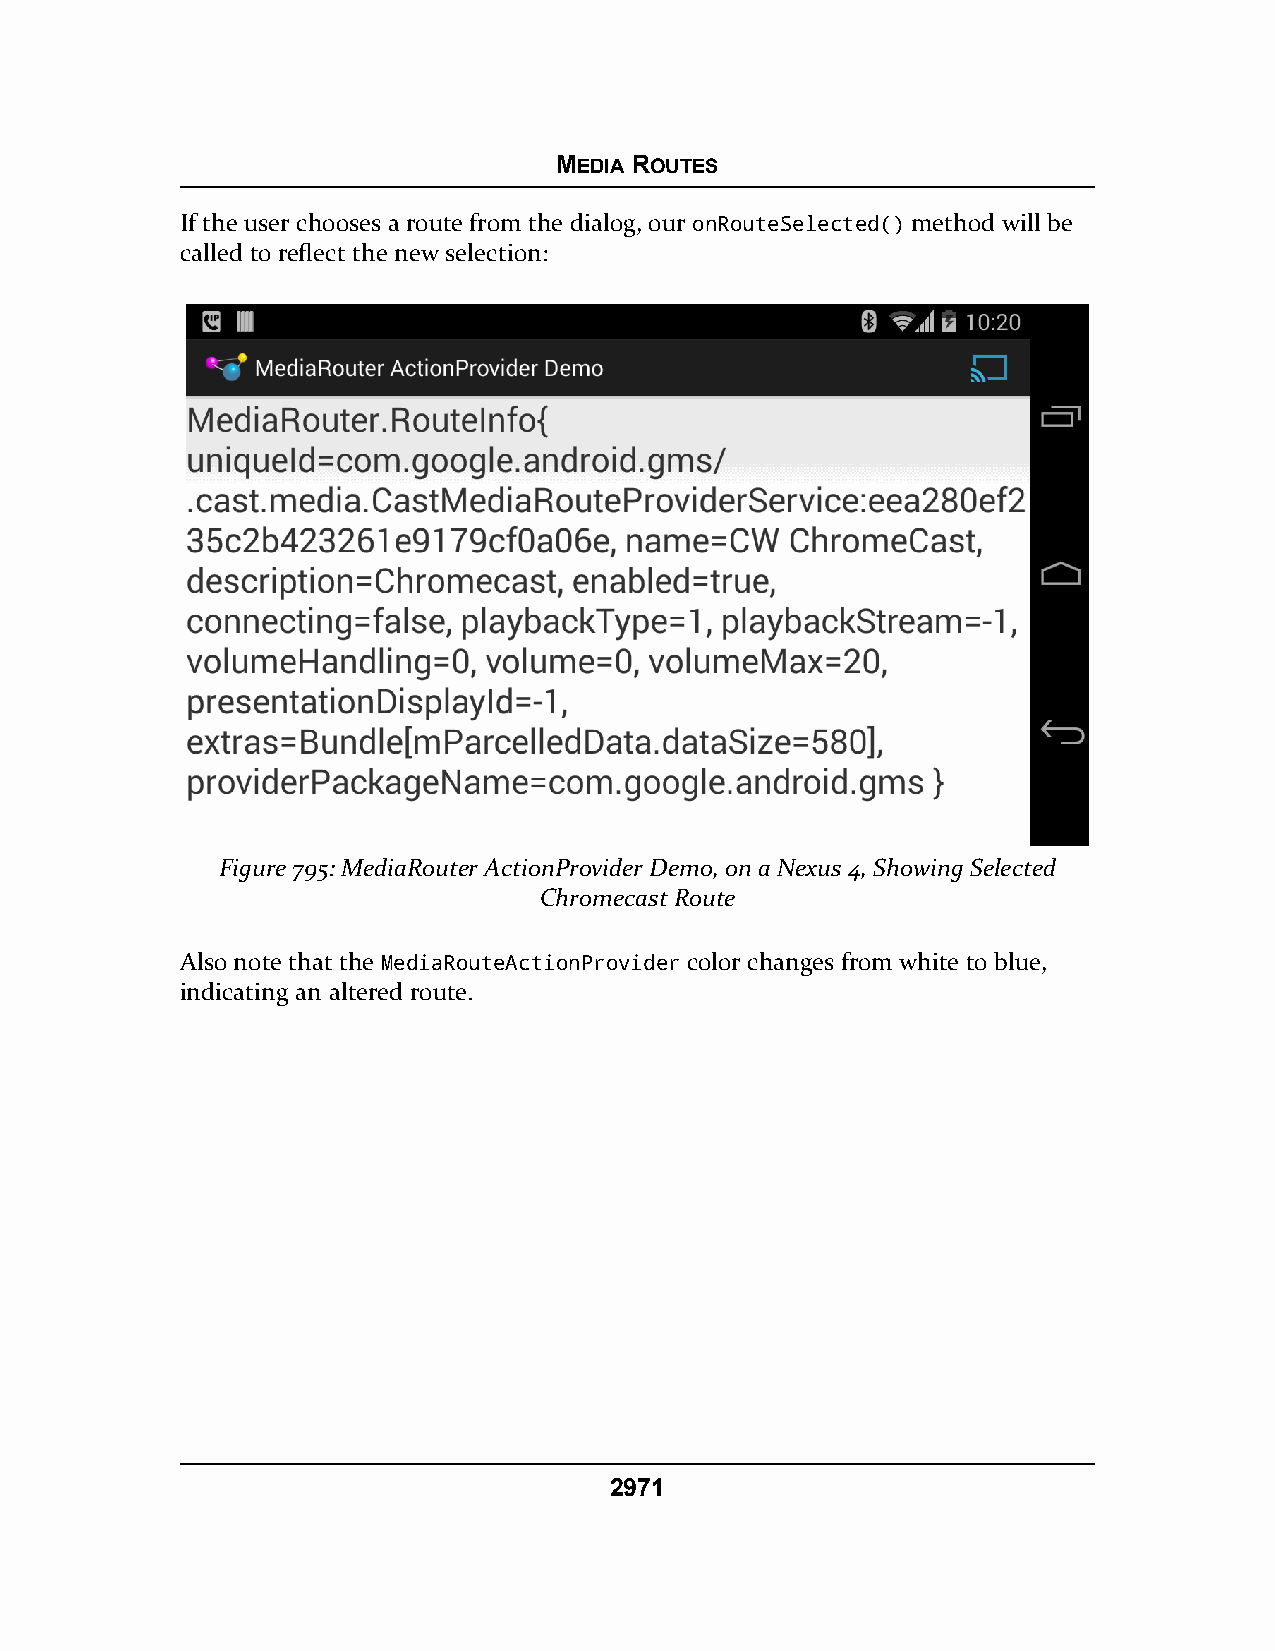
MEDIA ROUTES
 If the user chooses a route from the dialog, our onRouteSelected() method will be
 called to reflect the new selection:
 Figure 795: MediaRouter ActionProvider Demo, on a Nexus 4, Showing Selected
 Chromecast Route
 Also note that the MediaRouteActionProvider color changes from white to blue,
 indicating an altered route.
 2971